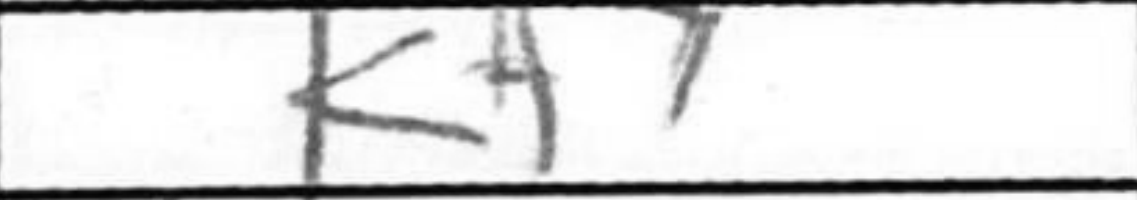
Transcription: Kf7